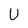
Character: U